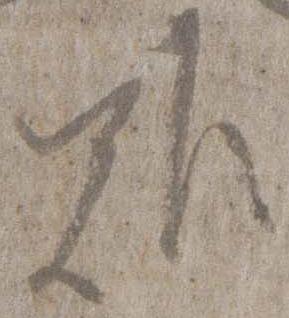
難